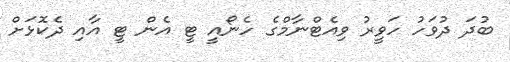
ބުދަ ދުވަހު ހަވީރު ވިއެޓްނާމްގެ ހެނޯއީ ޓީ އެން ޓީ އާއި ދެކޮޅަށް